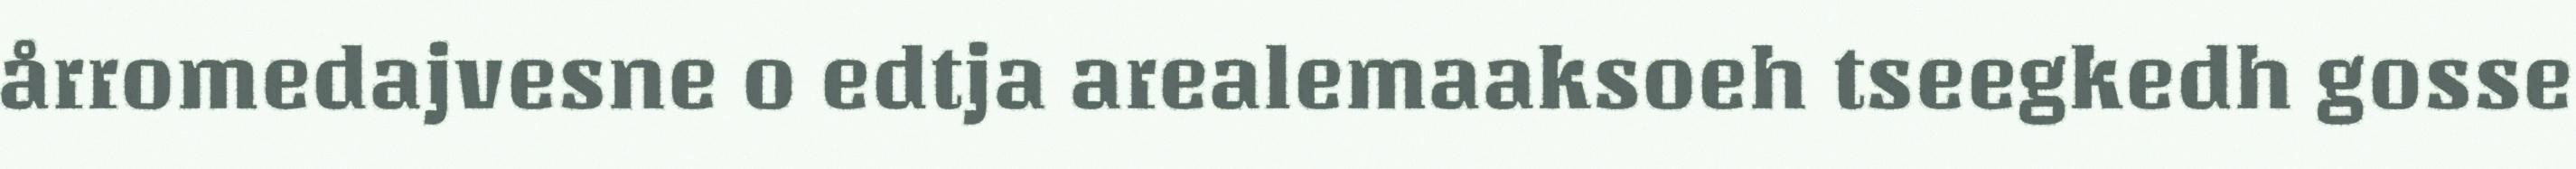
årromedajvesne o edtja arealemaaksoeh tseegkedh gosse